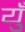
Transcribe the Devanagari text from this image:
युँ